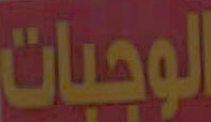
الوجبات